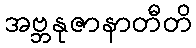
အဗ္ဘနုဇာနာတီတိ